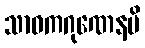
သာဝကဂုဏေနပိ